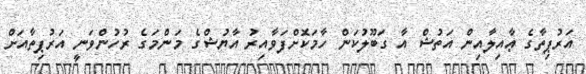
އަރުޕިތާގެ ޢާއިލާއިން އަތުޝް އާ ގަބޫލުކަން ހާމަކޮށްފަވާއިރު އާޔުޝްގެ މަންމަގެ ރުހުންވަނީ އަރުޕިތާއަށް